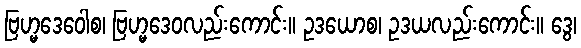
ဗြဟ္မဒေဝေါစ၊ ဗြဟ္မဒေဝလည်းကောင်း။ ဥဒယောစ၊ ဥဒယလည်းကောင်း။ ဒွေ၊